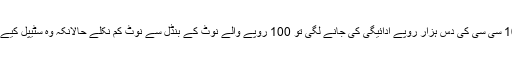
جب ہنڈا 100 سی سی کی دس ہزار روپے ادائیگی کی جانے لگی تو 100 روپے والے نوٹ کے بنڈل سے نوٹ کم نکلے حالانکہ وہ سٹیپل کیے ہوئے تھے۔